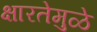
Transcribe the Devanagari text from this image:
क्षारतेमुळे